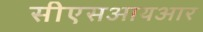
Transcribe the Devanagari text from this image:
सीएसआयआर